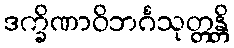
ဒက္ခိဏာဝိဘင်္ဂသုတ္တန္တိ